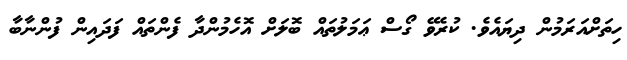
ހިތަށްއަރަމުން ދިޔައެވެ. ކުރެވޭ ގޯސް ޢަމަލުތައް ބޮލަށް އޮހެމުންދާ ފެންތައް ފަދައިން ފުންނާބާ